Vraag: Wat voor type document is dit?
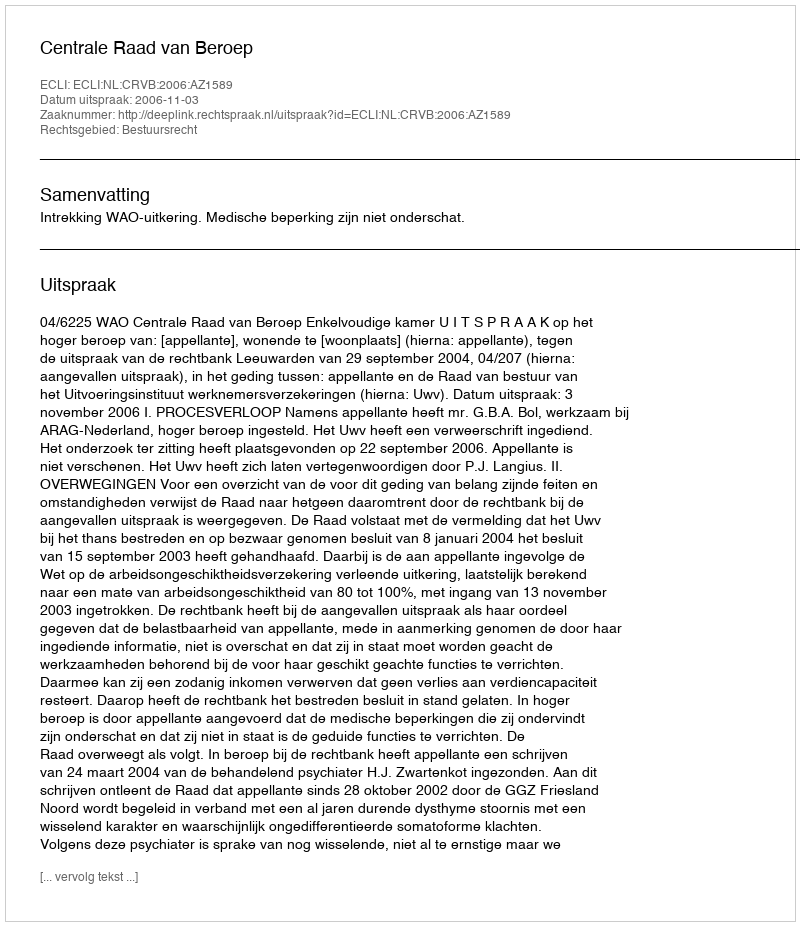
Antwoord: Uitspraak